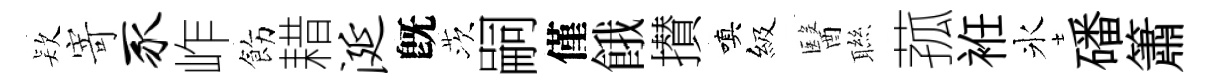
𣣇寄豕岞飭耤涎旣茨嗣僅餓攅嗔級醫聮菰袵氷磻簫